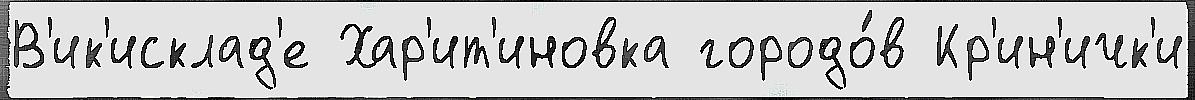
В'ик'исклад'е Хар'ит'иновка городо́в Кр'ин'ичк'и